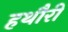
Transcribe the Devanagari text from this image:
हथौरी